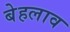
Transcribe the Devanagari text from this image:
बेहलाव